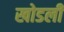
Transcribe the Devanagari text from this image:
खोडली